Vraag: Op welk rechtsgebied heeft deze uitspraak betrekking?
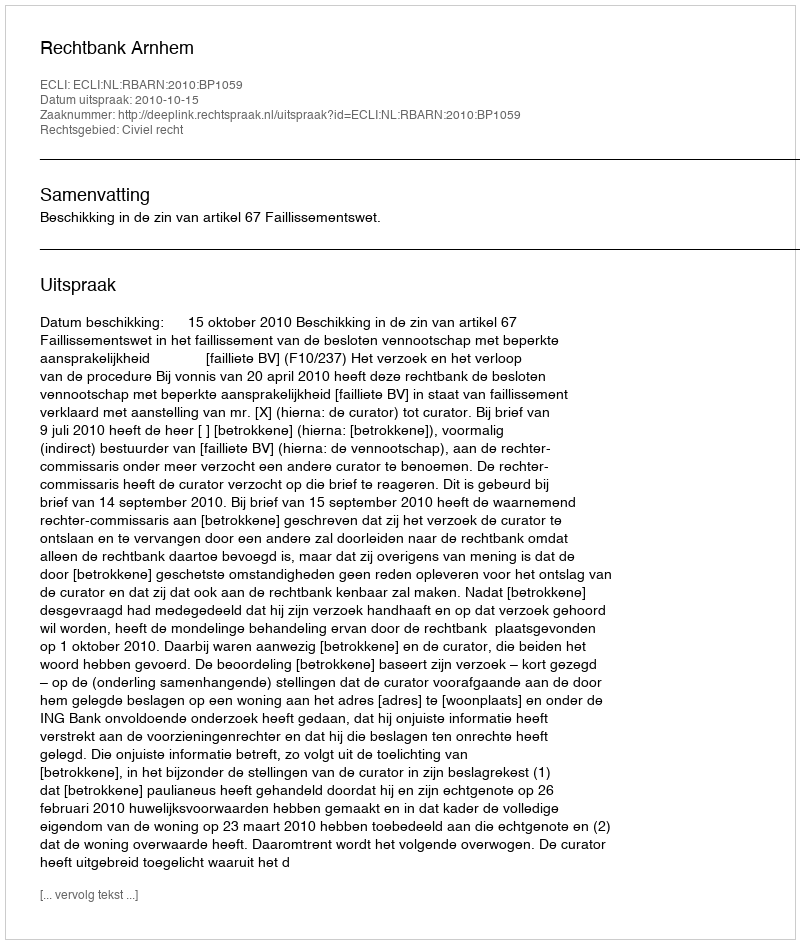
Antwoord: Civiel recht